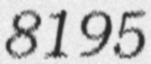
8195